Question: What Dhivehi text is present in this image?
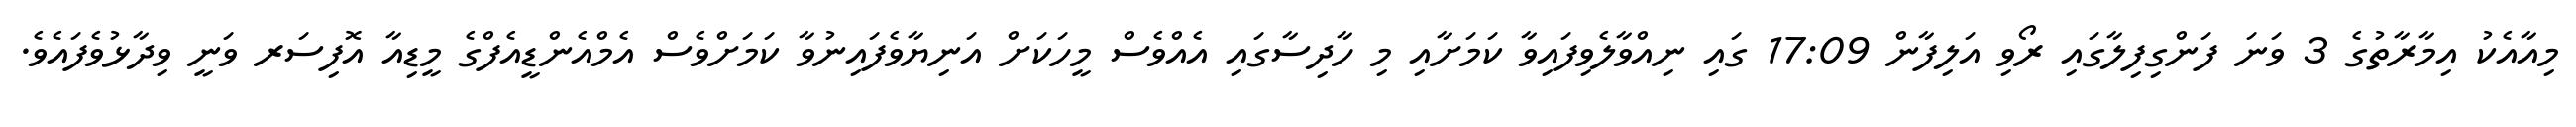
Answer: މިއާއެކު އިމާރާތުގެ 3 ވަނަ ފަންގިފިލާގައި ރޯވި އަލިފާން 17:09 ގައި ނިއްވާލެވިފައިވާ ކަމަށާއި މި ހާދިސާގައި އެއްވެސް މީހަކަށް އަނިޔާވެފައިނުވާ ކަމަށްވެސް އެމްއެންޑީއެފްގެ މީޑިއާ އޮފިސަރ ވަނީ ވިދާޅުވެފައެވެ.